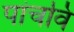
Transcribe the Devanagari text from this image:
पांचवि